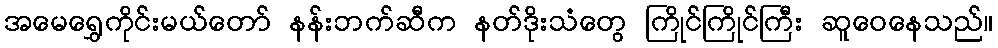
အမေရွှေကိုင်းမယ်တော် နန်းဘက်ဆီက နတ်ဒိုးသံတွေ ကြိုင်ကြိုင်ကြီး ဆူဝေနေသည်။